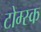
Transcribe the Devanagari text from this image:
टोम्स्क